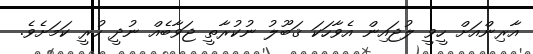
އާރިންއަށް ހީވީ ލުޖައިން އެވާހަކަ ޤަބޫލު ނުކުރާތީ ޖަވާބެއް ނުދީ ހުރީ ކަމަށެވެ.